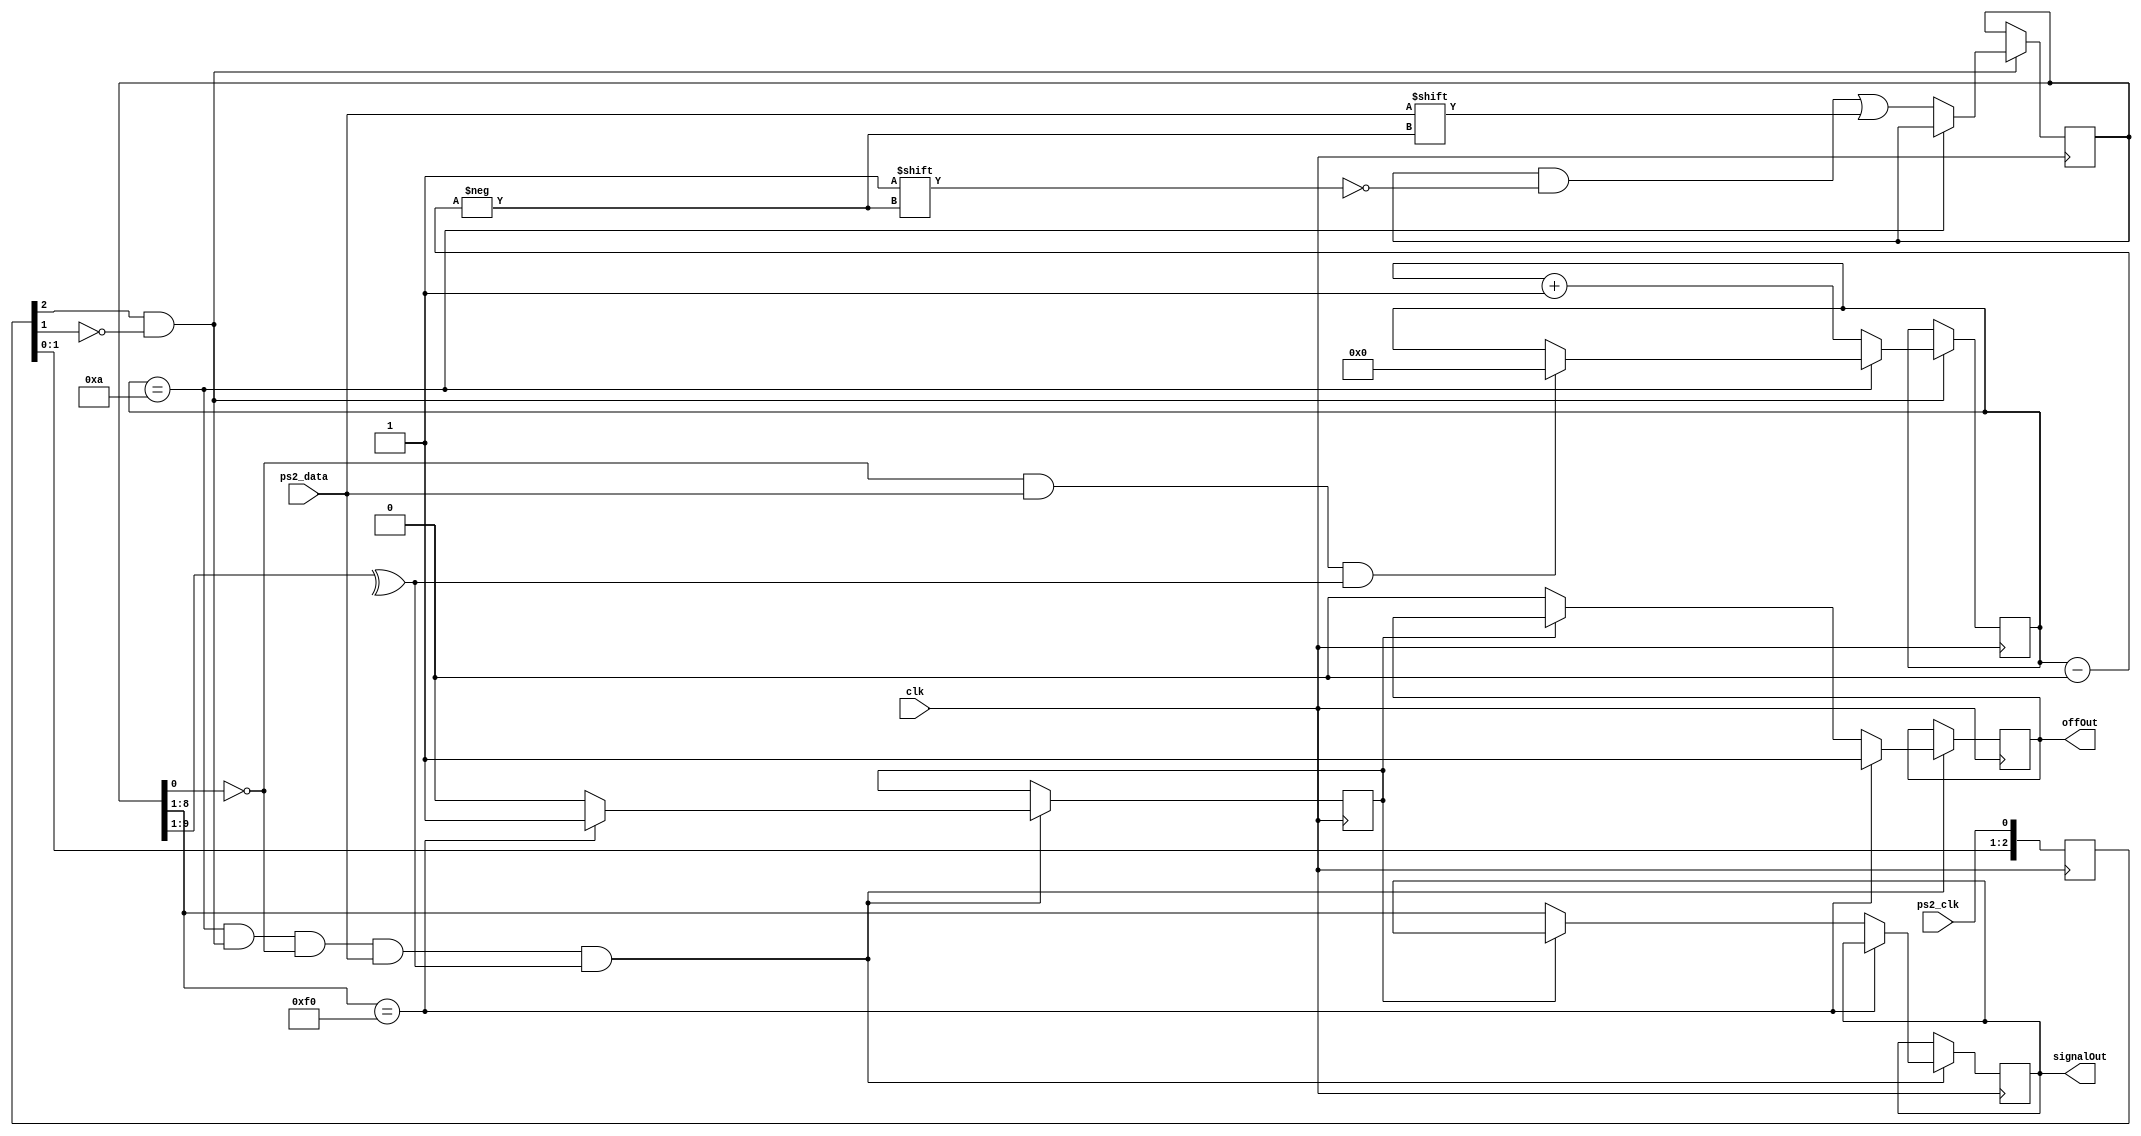
module ps2board(clk,ps2_clk,ps2_data,signalOut,offOut);
input clk,ps2_clk,ps2_data;
reg [7:0] data;
reg [9:0] buffer;
reg [3:0] count;
reg [2:0] ps2_clk_sync;
reg off;
reg isEnd;
output [7:0]signalOut;
output offOut;
initial
begin
	off=1;
	count=0;
	data=0;
end
always @ (posedge clk) 
begin
	ps2_clk_sync <= {ps2_clk_sync[1:0],ps2_clk};
end
wire sampling = ps2_clk_sync[2] & ~ps2_clk_sync[1];
always @ (posedge clk)
begin
	if(sampling)
	begin
		if(count == 4'd10)
		begin
			if((buffer[0] == 0) && (ps2_data) && (^buffer[9:1]))
				count <= 0;
		end
		else
		begin
			buffer[count] <= ps2_data;
			count <= count + 3'b1;
		end
	end
end
always @ (posedge clk)
begin
	if((count==4'd10) && (sampling) && (buffer[0]==0) && (ps2_data) && (^buffer[9:1]))
	begin
		if(buffer[8:1]==8'b11110000)
		begin
			isEnd<=1;
			off<=1;
		end
		else
		begin
			if(isEnd==0)
			begin
				off<=0;
				data<=buffer[8:1];
			end
			else
			begin
				isEnd<=0;
			end
		end
	end
end
assign signalOut=data;
assign offOut=off;
endmodule